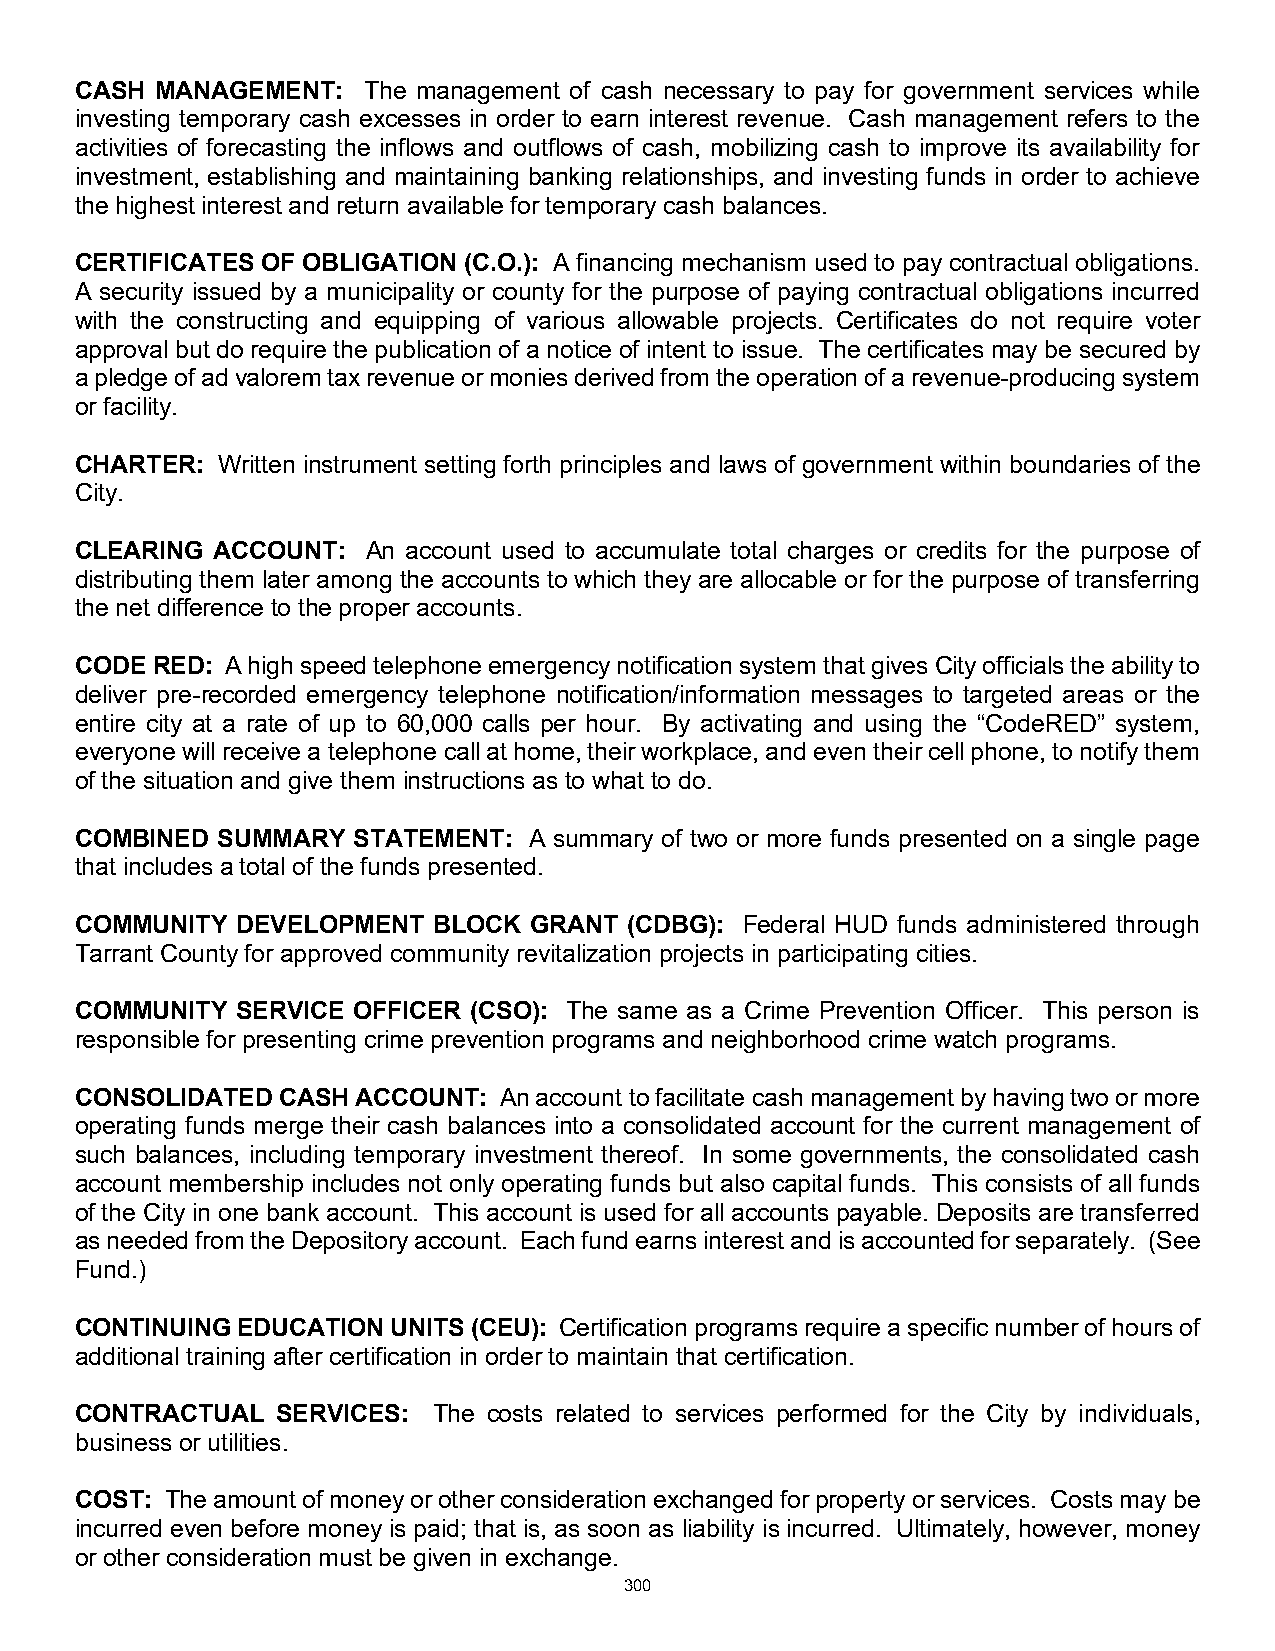
CASH MANAGEMENT:   The management of cash necessary to pay for government services while
 investing temporary cash excesses in order to earn interest revenue. Cash management refers to the
 activities of forecasting the inflows and outflows of cash, mobilizing cash to improve its availability for
 investment, establishing and maintaining banking relationships, and investing funds in order to achieve
 the highest interest and return available for temporary cash balances.
 CERTIFICATES OF OBLIGATION (C.O.): A financing mechanism used to pay contractual obligations.
 A security issued by a municipality or county for the purpose of paying contractual obligations incurred
 with the constructing and equipping of various allowable projects. Certificates do not require voter
 approval but do require the publication of a notice of intent to issue. The certificates may be secured by
 a pledge of ad valorem tax revenue or monies derived from the operation of a revenue-producing system
 or facility.
 CHARTER: Written instrument setting forth principles and laws of government within boundaries of the
 City.
 CLEARING ACCOUNT:  An account used to accumulate total charges or credits for the purpose of
 distributing them later among the accounts to which they are allocable or for the purpose of transferring
 the net difference to the proper accounts.
 CODE RED: A high speed telephone emergency notification system that gives City officials the ability to
 deliver pre-recorded emergency telephone notification/information messages to targeted areas or the
 entire city at a rate of up to 60,000 calls per hour. By activating and using the “CodeRED” system,
 everyone will receive a telephone call at home, their workplace, and even their cell phone, to notify them
 of the situation and give them instructions as to what to do.
 COMBINED SUMMARY  STATEMENT:  A summary of two or more funds presented on a single page
 that includes a total of the funds presented.
 COMMUNITY  DEVELOPMENT  BLOCK GRANT  (CDBG): Federal HUD funds administered through
 Tarrant County for approved community revitalization projects in participating cities.
 COMMUNITY  SERVICE OFFICER (CSO): The same as a Crime Prevention Officer. This person is
 responsible for presenting crime prevention programs and neighborhood crime watch programs.
 CONSOLIDATED CASH  ACCOUNT: An account to facilitate cash management by having two or more
 operating funds merge their cash balances into a consolidated account for the current management of
 such balances, including temporary investment thereof. In some governments, the consolidated cash
 account membership includes not only operating funds but also capital funds. This consists of all funds
 of the City in one bank account. This account is used for all accounts payable. Deposits are transferred
 as needed from the Depository account. Each fund earns interest and is accounted for separately. (See
 Fund.)
 CONTINUING EDUCATION UNITS (CEU): Certification programs require a specific number of hours of
 additional training after certification in order to maintain that certification.
 CONTRACTUAL  SERVICES:  The costs related to services performed for the City by individuals,
 business or utilities.
 COST: The amount of money or other consideration exchanged for property or services. Costs may be
 incurred even before money is paid; that is, as soon as liability is incurred. Ultimately, however, money
 or other consideration must be given in exchange.
 300